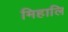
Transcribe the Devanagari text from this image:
मिहालि